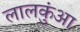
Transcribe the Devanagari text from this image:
लालकुंआ